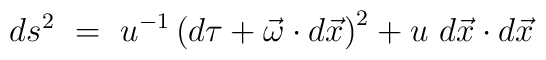
ds^2~=~u^{-1} \left( d\tau + \vec{\omega} \cdot d\vec{x} \right) ^2 + u~d\vec{x} \cdot d\vec{x}